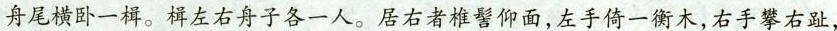
舟尾横卧一样。楫左右舟子各一人。居右者椎髻仰面，左手倚一衡木，右手攀右趾，